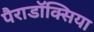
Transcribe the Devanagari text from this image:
पैराडॉक्सिया